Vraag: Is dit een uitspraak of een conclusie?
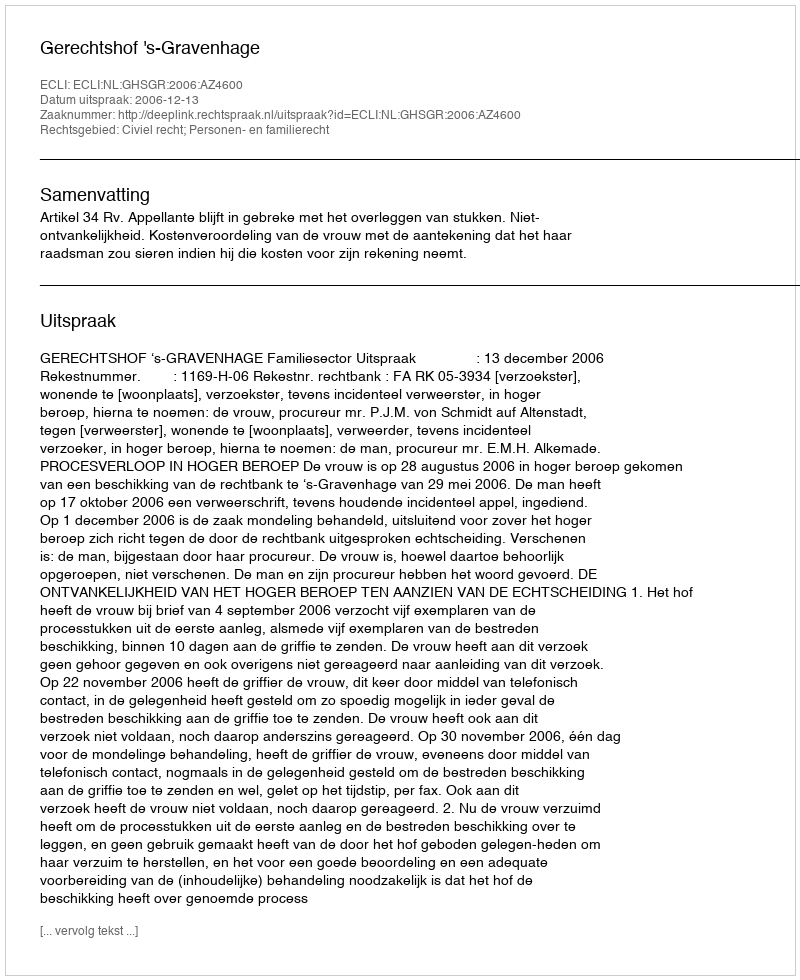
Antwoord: Uitspraak